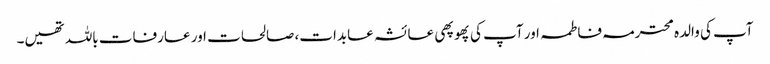
آپ کی والدہ محترمہ فاطمہ اور آپ کی پھوپھی عائشہ عابدات، صالحات اور عارفات باللہ تھیں۔